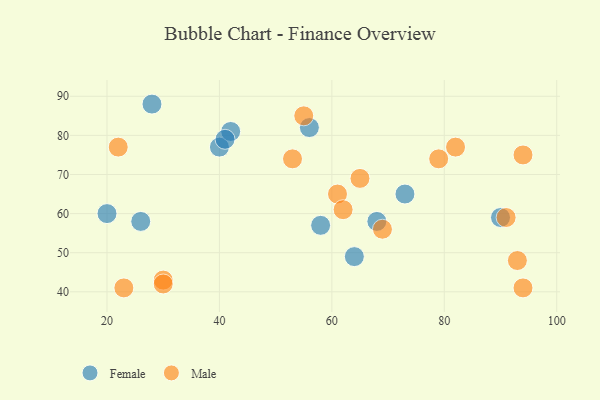
{"axis": {"x": "GDP", "y": "Life Expectancy"}, "legend": ["Female", "Male"], "data": [{"x": "40", "y": 77, "type": "Female"}, {"x": "28", "y": 88, "type": "Female"}, {"x": "64", "y": 49, "type": "Female"}, {"x": "26", "y": 58, "type": "Female"}, {"x": "42", "y": 81, "type": "Female"}, {"x": "68", "y": 58, "type": "Female"}, {"x": "41", "y": 79, "type": "Female"}, {"x": "90", "y": 59, "type": "Female"}, {"x": "20", "y": 60, "type": "Female"}, {"x": "56", "y": 82, "type": "Female"}, {"x": "73", "y": 65, "type": "Female"}, {"x": "58", "y": 57, "type": "Female"}, {"x": "30", "y": 43, "type": "Male"}, {"x": "91", "y": 59, "type": "Male"}, {"x": "82", "y": 77, "type": "Male"}, {"x": "53", "y": 74, "type": "Male"}, {"x": "94", "y": 75, "type": "Male"}, {"x": "61", "y": 65, "type": "Male"}, {"x": "55", "y": 85, "type": "Male"}, {"x": "62", "y": 61, "type": "Male"}, {"x": "94", "y": 41, "type": "Male"}, {"x": "69", "y": 56, "type": "Male"}, {"x": "65", "y": 69, "type": "Male"}, {"x": "23", "y": 41, "type": "Male"}, {"x": "79", "y": 74, "type": "Male"}, {"x": "30", "y": 42, "type": "Male"}, {"x": "22", "y": 77, "type": "Male"}, {"x": "93", "y": 48, "type": "Male"}]}